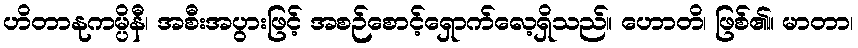
ဟိတာနုကမ္ပိနီ၊ အစီးအပွားဖြင့် အစဉ်စောင့်ရှောက်လေ့ရှိသည်။ ဟောတိ၊ ဖြစ်၏။ မာတာ၊